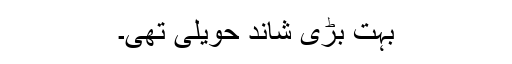
بہت بڑی شاند حویلی تھی۔